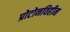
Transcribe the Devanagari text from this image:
प्रोटोनविहीन